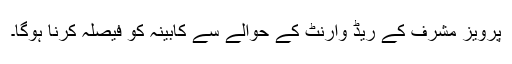
پرویز مشرف کے ریڈ وارنٹ کے حوالے سے کابینہ کو فیصلہ کرنا ہوگا۔